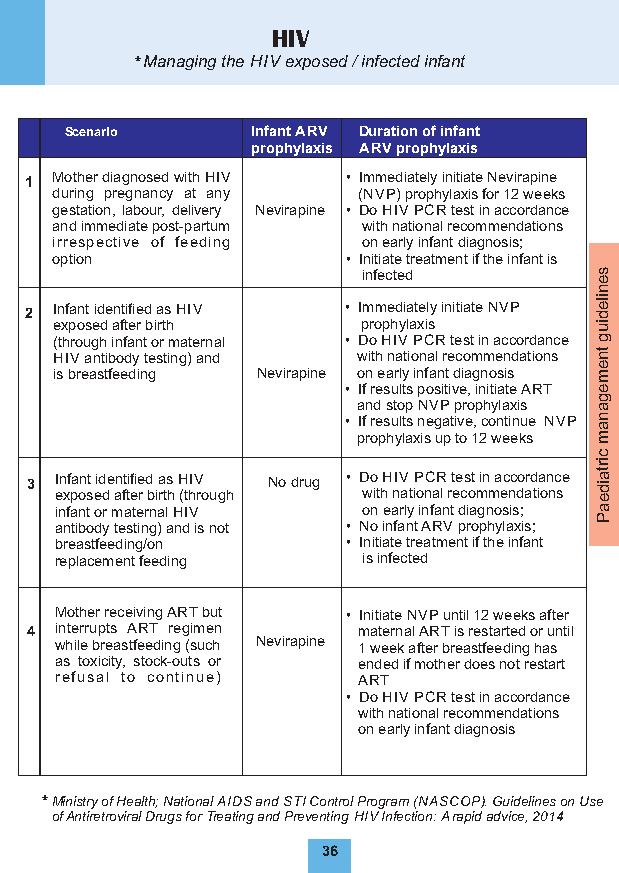
HIV
 * Managing the HIV exposed / infected infant
 Scenario     Infant ARV Duration of infant
 prophylaxis ARV prophylaxis
 1 Mother diagnosed with HIV • Immediately initiate Nevirapine
 during pregnancy at any (NVP) prophylaxis for 12 weeks
 gestation,labour,delivery Nevirapine • Do HIV PCR test in accordance
 and immediate post-partum with national recommendations
 irrespective of feeding on early infant diagnosis;
 option              • Initiate treatment if the infant is
 infected       s e
 n
 2 Infant identified as HIV • Immediately initiate NVP
 ile
 d
 exposed after birth prophylaxis    iu
 (through infant or maternal • Do HIV PCR test in accordance g
 HIV antibody testing) and with national recommendations tn
 is breastfeeding Nevirapine on early infant diagnosis e m
 • If results positive, initiate ART e
 and stop NVP prophylaxis g a
 • If results negative, continue NVP n a
 prophylaxis up to 12 weeks m
 c
 3 I en xf pa on st eid de an ft ti efie
 r
 d
 b
 ia rts
 h
 H (thIV
 ro ugh
 No drug • D wo
 it
 hH nIV
 at
 iP onC aR
 l
 rt ee cs ot min
 m
 a ec nc do ard tia on nc se
 irta
 id
 e
 infant or maternal HIV on early infant diagnosis; a
 P
 antibody testing) and is not • No infant ARV prophylaxis;
 breastfeeding/on   • Initiate treatment if the infant
 replacement feeding is infected
 Mother receiving ART but • Initiate NVP until 12 weeks after
 4 interrupts ART regimen maternal ART is restarted or until
 while breastfeeding (such Nevirapine 1 week after breastfeeding has
 as toxicity, stock-outs or ended if mother does not restart
 refusal to continue) ART
 • Do HIV PCR test in accordance
 with national recommendations
 on early infant diagnosis
 * Ministry of Health; National AIDS and STI Control Program (NASCOP). Guidelines on Use
 of Antiretroviral Drugs for Treating and Preventing HIV Infection: A rapid advice, 2014
 36